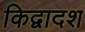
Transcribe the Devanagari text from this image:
किद्वादश